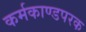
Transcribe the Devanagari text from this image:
कर्मकाण्डपरक